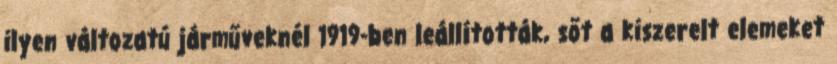
ilyen változatú járműveknél 1919-ben leállították, sőt a kiszerelt elemeket